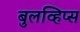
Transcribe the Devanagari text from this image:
बुलव्हिप्स